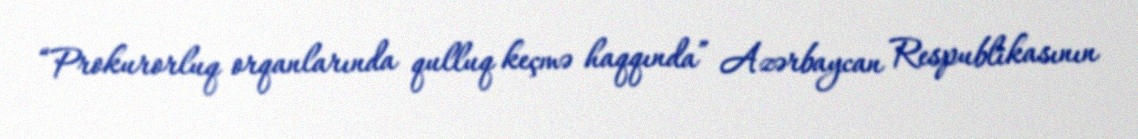
“Prokurorluq orqanlarında qulluq keçmə haqqında” Azərbaycan Respublikasının